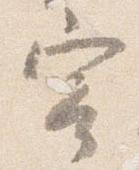
寄